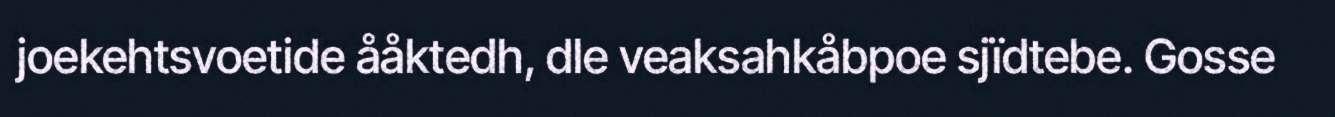
joekehtsvoetide ååktedh, dle veaksahkåbpoe sjïdtebe. Gosse